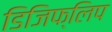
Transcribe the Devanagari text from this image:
डिजिफ्लिप